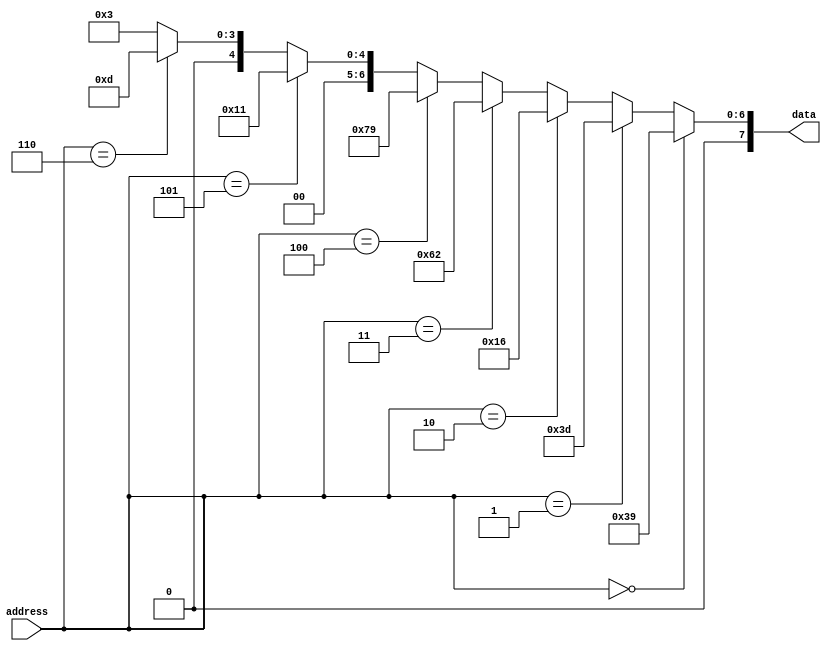

`timescale 1ns / 1ps


	module rom_memory(address, data);
	
		input [3:0] address;
		output [7:0] data;
	
		assign data = 	(address == 4'd0)	?	8'd57:
						(address == 8'd1)	?	8'd61:
						(address == 8'd2)	?	8'd22:
						(address == 8'd3)	?	8'd98:
						(address == 8'd4)	?	8'd121:
						(address == 8'd5)	?	8'd17:
						(address == 8'd6)	?	8'd13:
												8'd3;
	endmodule


	module eval_module(clk, rst, data_in1, data_in2, result, kernel_enable);
	
		input clk, rst;
	    input [7:0]	data_in1;
		input [7:0]	data_in2;
		input kernel_enable;
	    
	    output reg [7:0] result;
	    
		wire [3:0] address =	data_in1[3:0];
		wire [7:0] rom_out;
		wire [7:0] flipped = 	~(data_in2);
		
	    reg [7:0]  L1_flipped, L1_data_in1, L2_flipped, L2_rom_out;
	    
		rom_memory rom(.address(address),.data(rom_out));
	
		always@(posedge clk)
		begin
			if(rst)
			begin
				result <=	8'd0;
			end
			else
			begin
			
		       L1_data_in1 <= data_in1;
		       L1_flipped <= flipped;  //assigning values to registers for buffer for 1st adder
		       
		       L2_flipped <= flipped;
		       L2_rom_out <= rom_out;  //assigning values to registers for buffer for 2nd adder
		       
	    
				if(kernel_enable)
				begin
				   result <=  L2_rom_out + L2_flipped +data_in1;
				 end
				else	
					result <=	L1_flipped + L1_data_in1;
			end
		end
endmodule